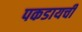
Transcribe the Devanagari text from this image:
पकडायची